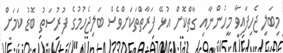
މިބަލި ޖެހިފައިވާ މީހުންނާއި ގާތްކޮށް އުޅޭ ފަރާތްތަކަށްވެސް ބަލިޖެހުމުގެ ފުރުސަތު ބޮޑު ކަމަށް